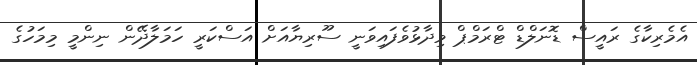
އެމެރިކާގެ ރައީސް ޑޮނަލްޑް ޓްރަމްޕް ވިދާޅުވެފައިވަނީ ސޫރިޔާއަށް އަސްކަރީ ހަމަލާދޭން ނިންމީ މިމަހުގެ